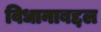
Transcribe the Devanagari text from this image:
विधानाबद्दल